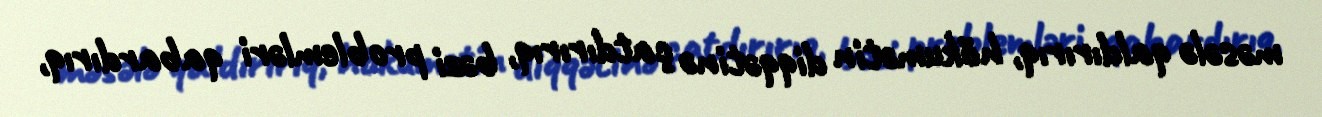
məsələ qaldırırıq, hökumətin diqqətinə çatdırırıq, bəzi problemləri qabardırıq,